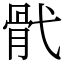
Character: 骮